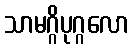
သာမဂ္ဂိပုဂ္ဂလော